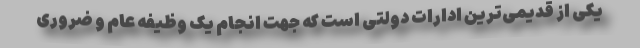
یکی از قدیمی‌ترین ادارات دولتی است که جهت انجام یک وظیفه عام و ضروری